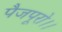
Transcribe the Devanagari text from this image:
पैजपूरो।।